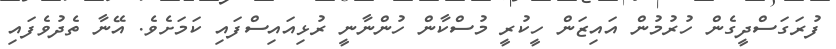
ފުރަގަސްދީގެން ހުރުމުން އައިޒަން ހީކުރީ މުސްކާން ހުންނާނީ ރުޅިއައިސްފައި ކަމަށެވެ. އޭނާ ތެދުވެފައި